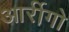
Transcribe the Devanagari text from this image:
आर्रीगो